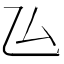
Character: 𠫕